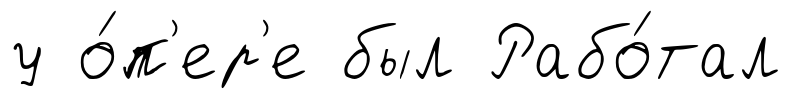
у о́п'ер'е был Рабо́тал